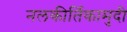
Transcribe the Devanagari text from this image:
नलकीर्तिकामुदी